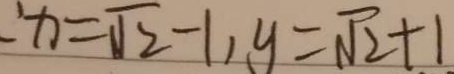
: x = \sqrt { 2 } - 1 , y = \sqrt { 2 } + 1